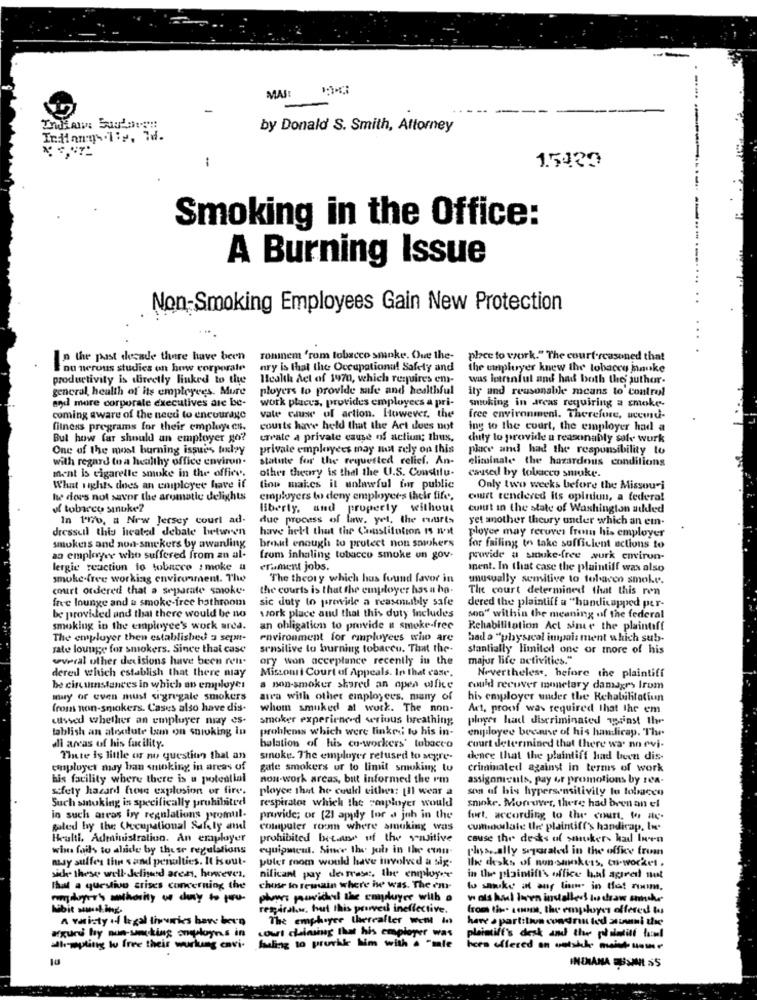
MAJ:
by Donald S. Smith, Attorney
1
15429
Smoking in the Office:
A Burning Issue
Non-Smoking Employees Gain New Protection
....
Is the past decade there have been
Toninem 'rom tobacco smoke. Que the-
place to work." The court-reasoned that
nu nerous studies on how corporate
nry is that the Occupational Safety and
the employer knew the tobacco hauke
productivity is directly linked to the
Health Act of 1970, which requires em-
was intrinful and had both the author.
general, health of its employees. Mure
ployers to provide safe and healthful
ily and reasonable means to Control
and more corporate executives are be-
work places, provides employees a pri-
smoking in areas requiring a smoke-
coming aware of the need to encourage
vale cause of action. However, the
free environment. Therefore, ucewd-
fitness programs for their employees.
courts have held that the Art does not
ing to the court, the employer had a
But how far should an employer go?
trwale a private cause of actiun; thus,
chuty to provide a reasonably sale wurk
One of the most burning issue's taley
private employees may not rely on this
place and had the responsibility to
with regard to a healthy office environ.
statute for the requested relief. An-
eliminate the hazardous conditions
ment is cigarette smoke in the office.
other theory is thal the U.S. Constitu.
caused by tobacco smuke.
What rights does an chiployee have if
Giop maics il unlawful for public
Only two weeks before the Missouri
he does not savor the aromatic delights
employers to deny employees their fife.
court rendered its opinion, a federa!
of tobacco smoke?
liberty, and property without
cuitrt in the state of Washington added
In 1'170, a New Jersey court ad-
due process of law. yet, the ruurts
yet another theury under which an em-
dresseil this heated debate between
have helt that the Constitution IS n'it
ployer may recover from his employer
bredd enough to protect non smokers
smokers and non-smokers by awanling
for failing to take sufficient actions to
an employee who suffered from zu al-
from inhaling tobacco smoke un gov.
provide a smoke-free wurk environ-
lergie reaction to tobacco smoke u
erament jobs.
inent. In that case the plaintiff was also
smoke free working environment. The
The theory which has found favor in
unusually sensitive to tobacco smoke.
court ordered that a separate smoke-
the courts is that the employer has a ho-
The court determined that this ren
free lounge and a smoke-free bathroom
sic duty to prewide a reasonably safe
dered the plaintiff a "handicapped per-
be provided and that there would be no
work place and that this duty includes
son" within the meaning of the federal
smoking in the employee's work area.
an obligation to provide a smoke-free
Rehabilitation Act sime the plaintiff
The employer then established 3 sepn-
environment for riployees who are
had a "physical impair ment which sub-
Jate lounge for smokers. Since that case
sensitive to burning tobacco. That the-
stantially limited one or more of his
wveral uther decisions have been ren.
ory won acceptance recently in the
majur life activities."
dered which establish that there may
Miscomi i Court of Appeals. In that case.
Nevertheless, before the plaintiff
be circumstances in which an employer
a non-smoker shared an open office
could recover monetary damagr's Irom
muy or even must sigregale smokers
atra with other employees. many of
his employer under the Rehabilitation
from non-smokers. Cases also have dis-
whom smuked at work. The non-
Art, proof was required that the em
cussed whether an employer niay es-
smoker experienced serious breathing;
ployer had discriminated winst the
tablish an aloolute lam on snioking in
problemas which were linked to his in-
engiloyee because of his handicap. The
di areas of his facility.
halation of his co-workers' tobacco
court determined that there was no evi-
Thete is little or no question that an
smoke. The employer refused to segre-
dence that the plaintiff had been dis-
employer may ban smoking in areas of
gale smokers ur to limit smoking tu
criminaled against in terms of work
his facility where there is u potential
non-work areas, but informed the rm
assignments, pay or promotions by rea-
safety hazard house explosion or fire.
ployce that he could either: [11 wear a
son of his hypersensitivity to tobacco
Such smoking is specifically prohibited
respirator which the soaployer would
smoke. Moreover, there had been an el
in such areas bry regulations promul-
provide; or (21 apply for a joh in the
fort, according to the court, for av.
galed by the Checupational Safety and
computer room where smoking was
cumoodlate the plaintiff's handicap, løg
Heulti. Administration. An employer
prohibited became of the sensitive
cause the desks of smuker- had Innen
wins fails to slide by these regulations
equipment. Since the job in the cian-
phys .. ally seguraled in the office from
may suffers the sand penalties. It isout-
puler room would have involved a sig.
the desks of non-smokers, co-worker.
side. these well-Jelisund areas, however,
nificant pay derrase, the enmployee
in the plaintiff's office bal agred not
That a questivo crises concerning the
chose to remain where ise was. The em-
to smoke at any liam. in tot room,
plows pravidel the conduyer with a
w als haul down installed in draw uncher
Nbit sul.ing
regiral.s, but this provedl ineffective.
from the son, the employes offered to
A variety of legal tivumies have been
The employee thereafter wem in
har a partition condrin ted attmani the
plaintiff's desk and the pod simtilf la:ml
argued ly non-smoking onployn.s in
court chainsing that his employer was
aleppling tu free their wurlung envi-
hauling to prurkke him with a "mie
ices offered on outshh -- me
INDIANA EUSMIL SS